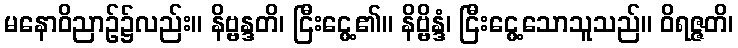
မနောဝိညာဉ်၌လည်း။ နိဗ္ဗန္ဒတိ၊ ငြီးငွေ့၏။ နိဗ္ဗိန္ဒံ၊ ငြီးငွေ့သောသူသည်။ ဝိရဇ္ဇတိ၊